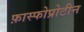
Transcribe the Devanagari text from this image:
फ़ास्फोप्रोटीन